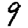
Digit: 9